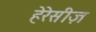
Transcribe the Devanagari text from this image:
हेरेसीज़